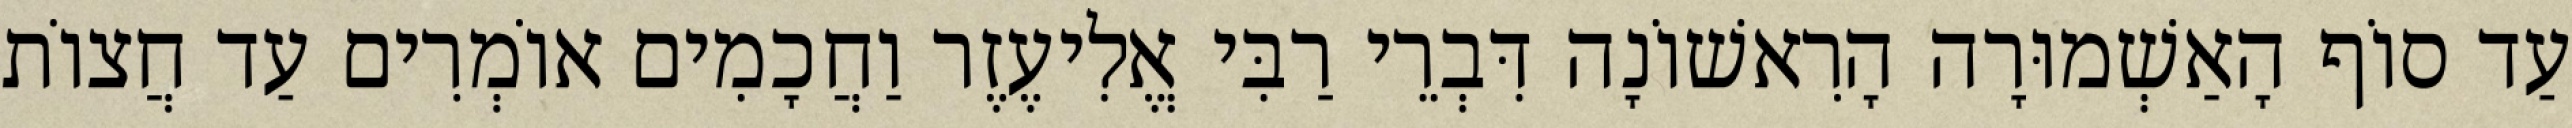
עַד סוֹף הָאַשְׁמוּרָה הָרִאשׁוֹנָה דִּבְרֵי רַבִּי אֱלִיעֶזֶר וַחֲכָמִים אוֹמְרִים עַד חֲצוֹת